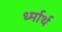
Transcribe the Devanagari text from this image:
र्ध्मार्थ